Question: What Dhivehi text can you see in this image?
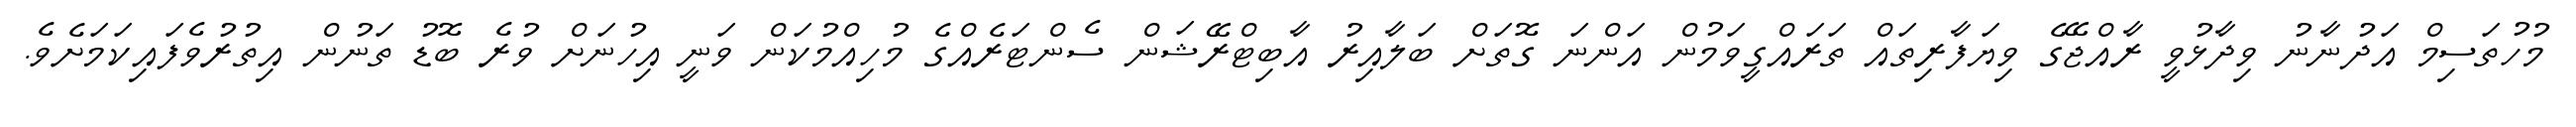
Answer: މުހުތަސިމް އަދުނާނު ވިދާޅުވީ ރާއްޖޭގެ ވިޔަފާރިތައް ތަރައްގީވަމުން އަންނަ ގޮތަށް ބަލާއިރު އާބިޓްރޭޝަން ސެންޓަރެއްގެ މުހިއްމުކަން ވަނީ އިހުނަށް ވުރެ ބޮޑު ތަނުން އިތުރުވެފައިކަމަށެވެ.